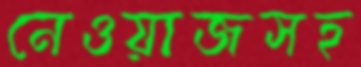
নেওয়াজসহ